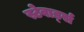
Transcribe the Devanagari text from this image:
स्टेवार्ड्स